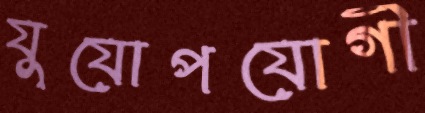
যুযোপযোগী